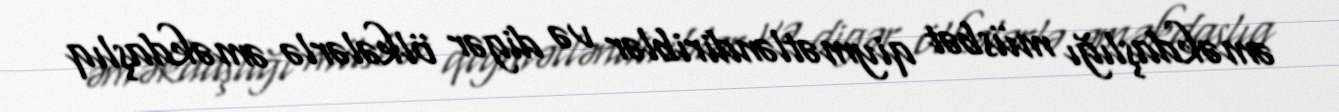
əməkdaşlığı müsbət qiymətləndiriblər və digər ölkələrlə əməkdaşlıq